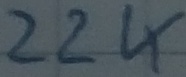
Text: 22K